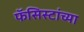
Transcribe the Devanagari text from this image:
फॅसिस्टांच्या